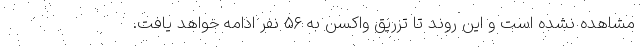
مشاهده نشده است و این روند تا تزریق واکسن به ۵۶ نفر ادامه خواهد یافت.